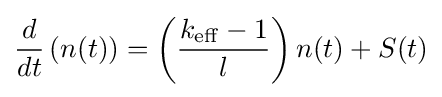
{d \over dt}\left(n(t)\right)=\left({{k_{\mathrm {eff} }-1} \over l}\right)n(t)+S(t)